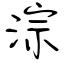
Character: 淙